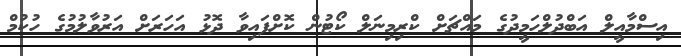
އިސްމާއީލް އަބްދުލްހަމީދުގެ މައްޗަށް ކްރިމިނަލް ކޯޓުން ކޮށްފައިވާ ދޮޅު އަހަރަށް އަރުވާލުމުގެ ހުކުމް